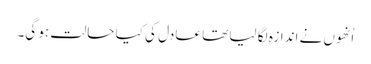
اُنھوں نے اندازہ لگا لیا تھا عادل کی کیا حالت ہو گی۔